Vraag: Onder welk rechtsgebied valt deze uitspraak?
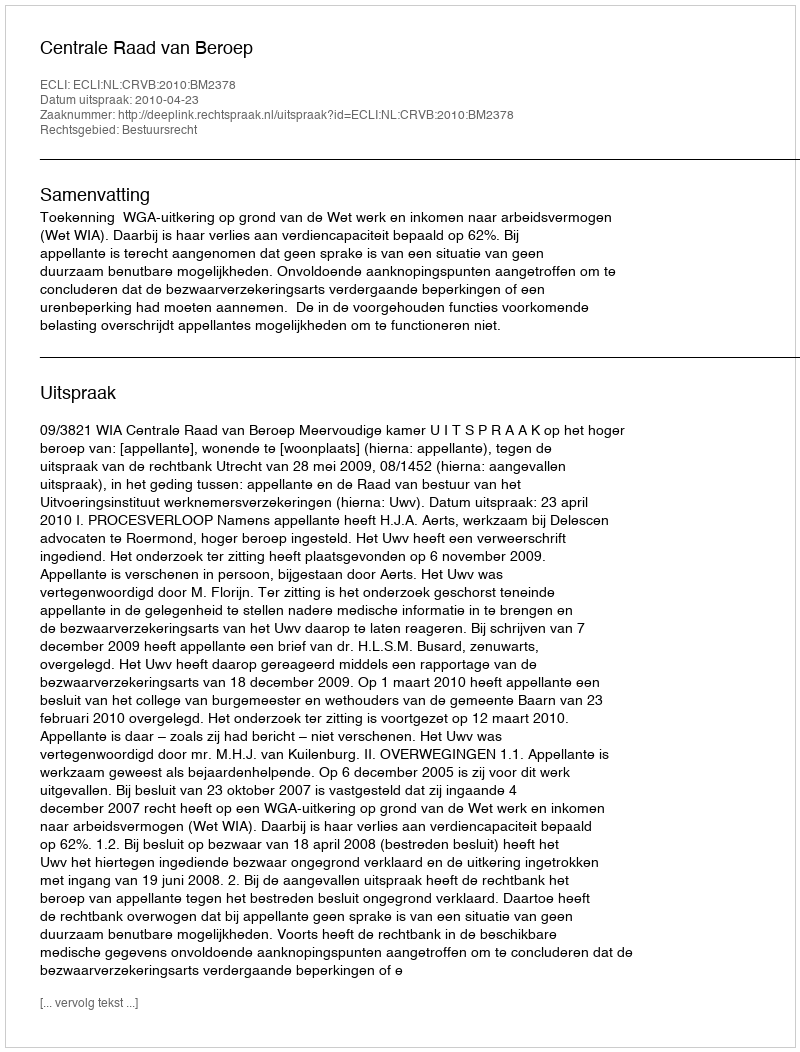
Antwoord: Bestuursrecht